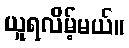
ယူရလိမ့်မယ်။